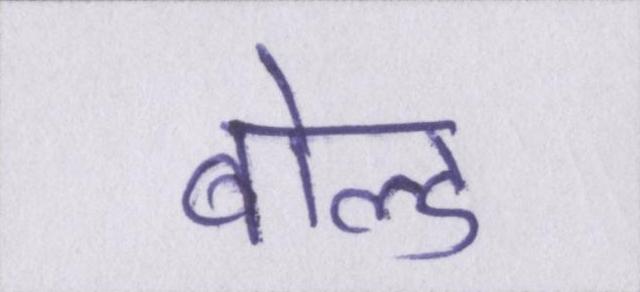
बोल्ड